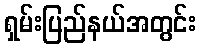
ရှမ်းပြည်နယ်အတွင်း